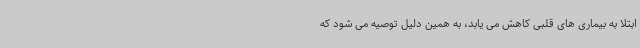
ابتلا به بیماری های قلبی کاهش می یابد، به همین دلیل توصیه می شود که